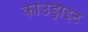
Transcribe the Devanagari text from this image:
काउड्राइट